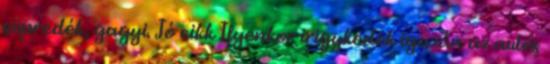
söpredék, gagyi. Jó cikk Ilyenkor irigykedek igazán az autós